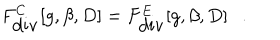
F _ { \mathrm { d i v } } ^ { C } [ g , \beta , D ] = F _ { \mathrm { d i v } } ^ { E } [ g , \beta , D ] .